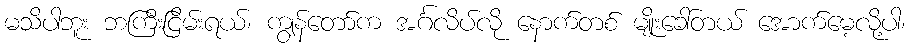
မသိပါဘူး ဘကြီးငြိမ်းရယ်၊ ကျွန်တော်က အင်္ဂလိပ်လို နောက်တစ် မျိုးခေါ်တယ် အောက်မေ့လို့ပါ၊